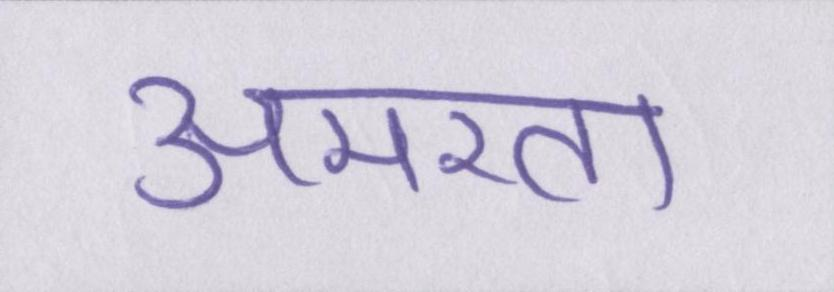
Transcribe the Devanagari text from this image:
अमरता